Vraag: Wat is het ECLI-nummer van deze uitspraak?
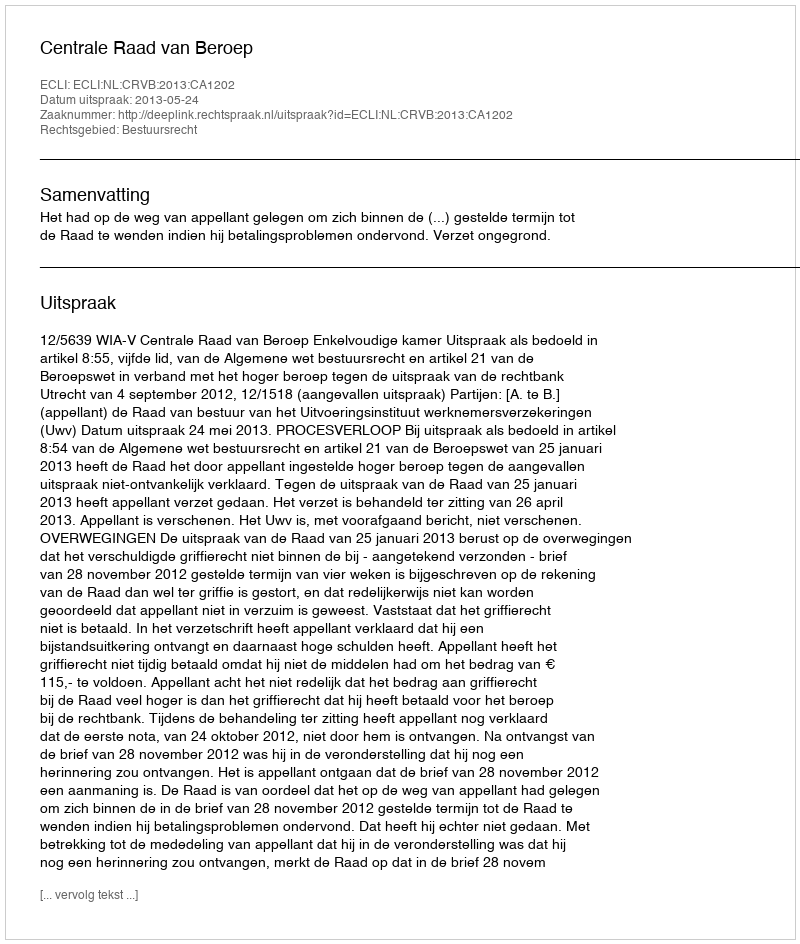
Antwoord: ECLI:NL:CRVB:2013:CA1202